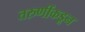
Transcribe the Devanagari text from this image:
तरुणींकडून